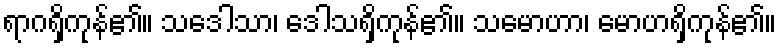
ရာဂရှိကုန်၏။ သဒေါသာ၊ ဒေါသရှိကုန်၏။ သမောဟာ၊ မောဟရှိကုန်၏။